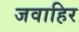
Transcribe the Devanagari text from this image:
जवाहिर